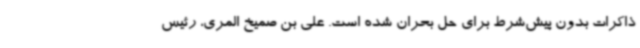
ذاکرات بدون پیش‌شرط برای حل بحران شده است. علی بن صمیخ المری، رئیس